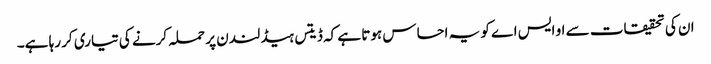
ان کی تحقیقات سے او ایس اے کو یہ احساس ہوتا ہے کہ ڈیتس ہیڈ لندن پر حملہ کرنے کی تیاری کر رہا ہے۔